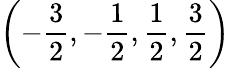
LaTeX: \left(-\displaystyle\frac{3}{2},-\displaystyle\frac{1}{2},\displaystyle\frac{1}{2},\displaystyle\frac{3}{2}\right)